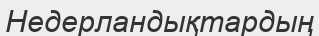
Недерландықтардың